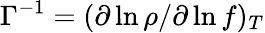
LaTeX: \Gamma^{-1}=(\partial\ln\rho/\partial\ln f)_{T}